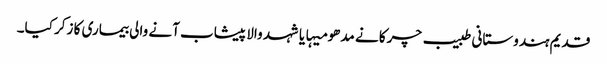
قدیم ہندوستانی طبیب چرکا نے مدھو میہا یا شہد والا پیشاب آنے والی بیماری کا زکر کیا۔